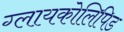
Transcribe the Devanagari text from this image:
ग्लायकोलिपिड